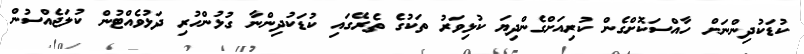
ކުޑަކުދިންނަށް ހާއްސަކޮށްގެން ކުރިއަށްގެންދިޔަ ކުޅިވަރު ތަކުގެ ތެރޭގައި ކުޑަކުދިންނާ ގުޅުންހުރި ދަޅުވެއްޓުން ކުލަޖެއްސުން